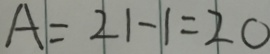
A = 2 1 - 1 = 2 0